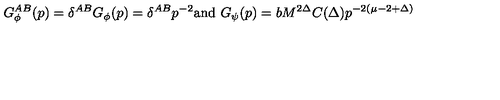
G _ { \phi } ^ { A B } ( p ) = \delta ^ { A B } G _ { \phi } ( p ) = { \delta ^ { A B } } { p ^ { - 2 } } \mathrm { a n d } \ G _ { \psi } ( p ) = { b } M ^ { 2 \Delta } C ( \Delta ) { p ^ { - 2 ( \mu - 2 + \Delta ) } }